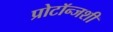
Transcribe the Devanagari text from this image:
प्रोटॉन्जशी